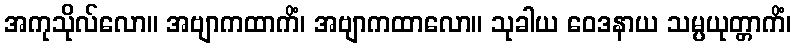
အကုသိုလ်လော။ အဗျာကထာကိံ၊ အဗျာကထာလော။ သုခါယ ဝေဒနာယ သမ္ပယုတ္တာကိံ၊